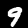
Digit: 9